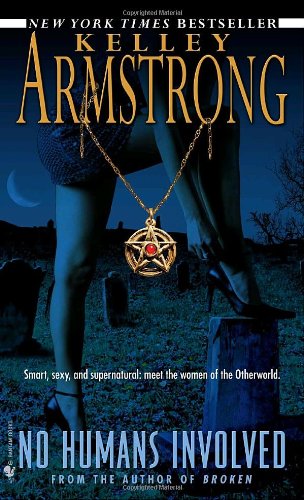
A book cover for No Humans Involved (Women of the Otherworld); Kelley Armstrong; Literature & Fiction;